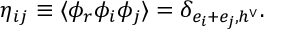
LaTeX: \eta _ { i j } \equiv \langle \phi _ { r } \phi _ { i } \phi _ { j } \rangle = \delta _ { e _ { i } + e _ { j } , h ^ { \vee } } .